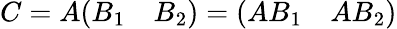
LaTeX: C=A{\left(\begin{array}{ll}{B_{1}}&{B_{2}}\end{array}\right)}={\left(\begin{array}{ll}{AB_{1}}&{AB_{2}}\end{array}\right)}